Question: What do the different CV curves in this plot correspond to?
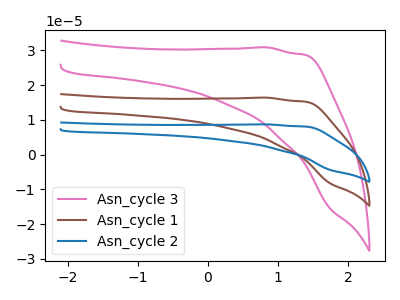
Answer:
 <answer>The pink curve is labeled "Asn_cycle 3". The brown curve is labeled "Asn_cycle 1". The blue curve is labeled "Asn_cycle 2".</answer>
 <eval></eval>